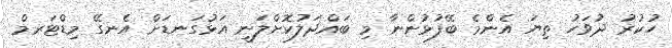
ހުކުރު ދުވަހު ތިޔަ އެންމެ ބޭފުޅުންނާ މި ބައްދަލުކޮށްލަނީ އަޅުގަނޑަށް އެނގޭ މިޑްޓަރމް